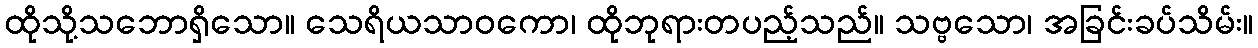
ထိုသို့သဘောရှိသော။ သေရိယသာဝကော၊ ထိုဘုရားတပည့်သည်။ သဗ္ဗသော၊ အခြင်းခပ်သိမ်း။